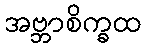
အဗ္ဘာစိက္ခထ